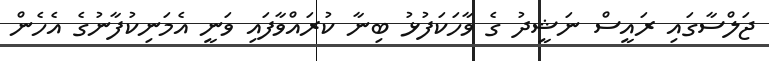
ޖަލްސާގައި ރައީސް ނަޝީދު ގެ ވާހަކަފުޅު ބިނާ ކުރައްވާފައި ވަނީ އެމަނިކުފާނުގެ އެހެން